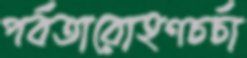
পর্বতারোহণচর্চা